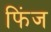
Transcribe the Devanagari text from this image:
फिंज